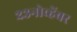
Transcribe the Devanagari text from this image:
२३नोव्हेंबर